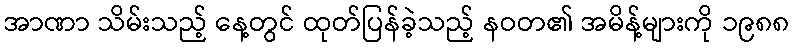
အာဏာ သိမ်းသည့် နေ့တွင် ထုတ်ပြန်ခဲ့သည့် နဝတ၏ အမိန့်များကို ၁၉၈၈